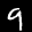
Label: 9